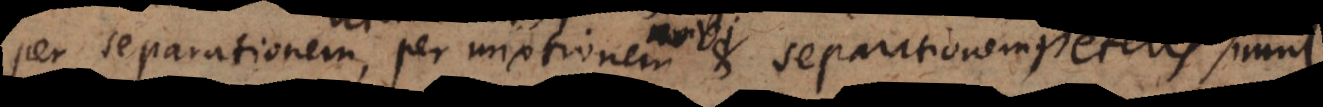
per separationem, per mixtionem et separationem, denique sine